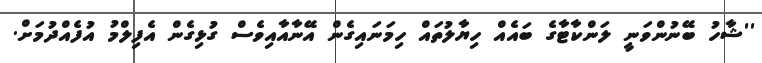
''ޝާހު ބޭނުންވަނީ ލަންކާޓާގެ ބައެއް ހިޔާލުތައް ހިމަނައިގެން އޭނާއާއިވެސް ގުޅިގެން އެފިލްމު އުފެެއްދުމަށް.